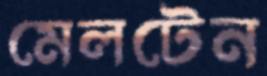
মেলটেন